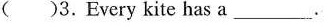
( )3.Every kite has a ___.